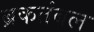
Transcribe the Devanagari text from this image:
ब्रकतंबल